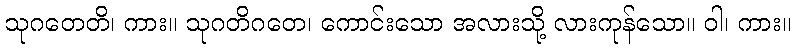
သုဂတေတိ၊ ကား။ သုဂတိဂတေ၊ ကောင်းသော အလားသို့ လားကုန်သော။ ဝါ၊ ကား။